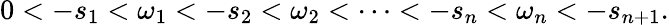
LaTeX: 0<-s_{1}<\omega_{1}<-s_{2}<\omega_{2}<\cdots<-s_{n}<\omega_{n}<-s_{n+1}.